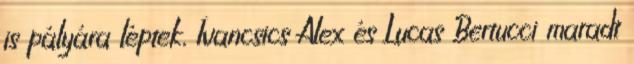
is pályára léptek, Ivancsics Alex és Lucas Bertucci maradt